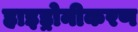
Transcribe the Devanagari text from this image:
हाइड्रोनीकरण